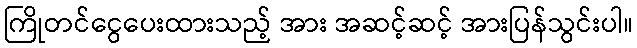
ကြိုတင်ငွေပေးထားသည့် အား အဆင့်ဆင့် အားပြန်သွင်းပါ။